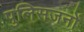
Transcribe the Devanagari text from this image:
पुलिसजनों